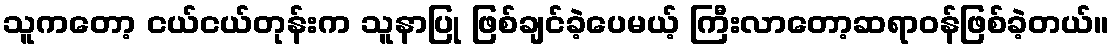
သူကတော့ ငယ်ငယ်တုန်းက သူနာပြု ဖြစ်ချင်ခဲ့ပေမယ့် ကြီးလာတော့ဆရာဝန်ဖြစ်ခဲ့တယ်။